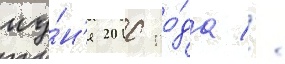
иу́н'я 2010 го́да //